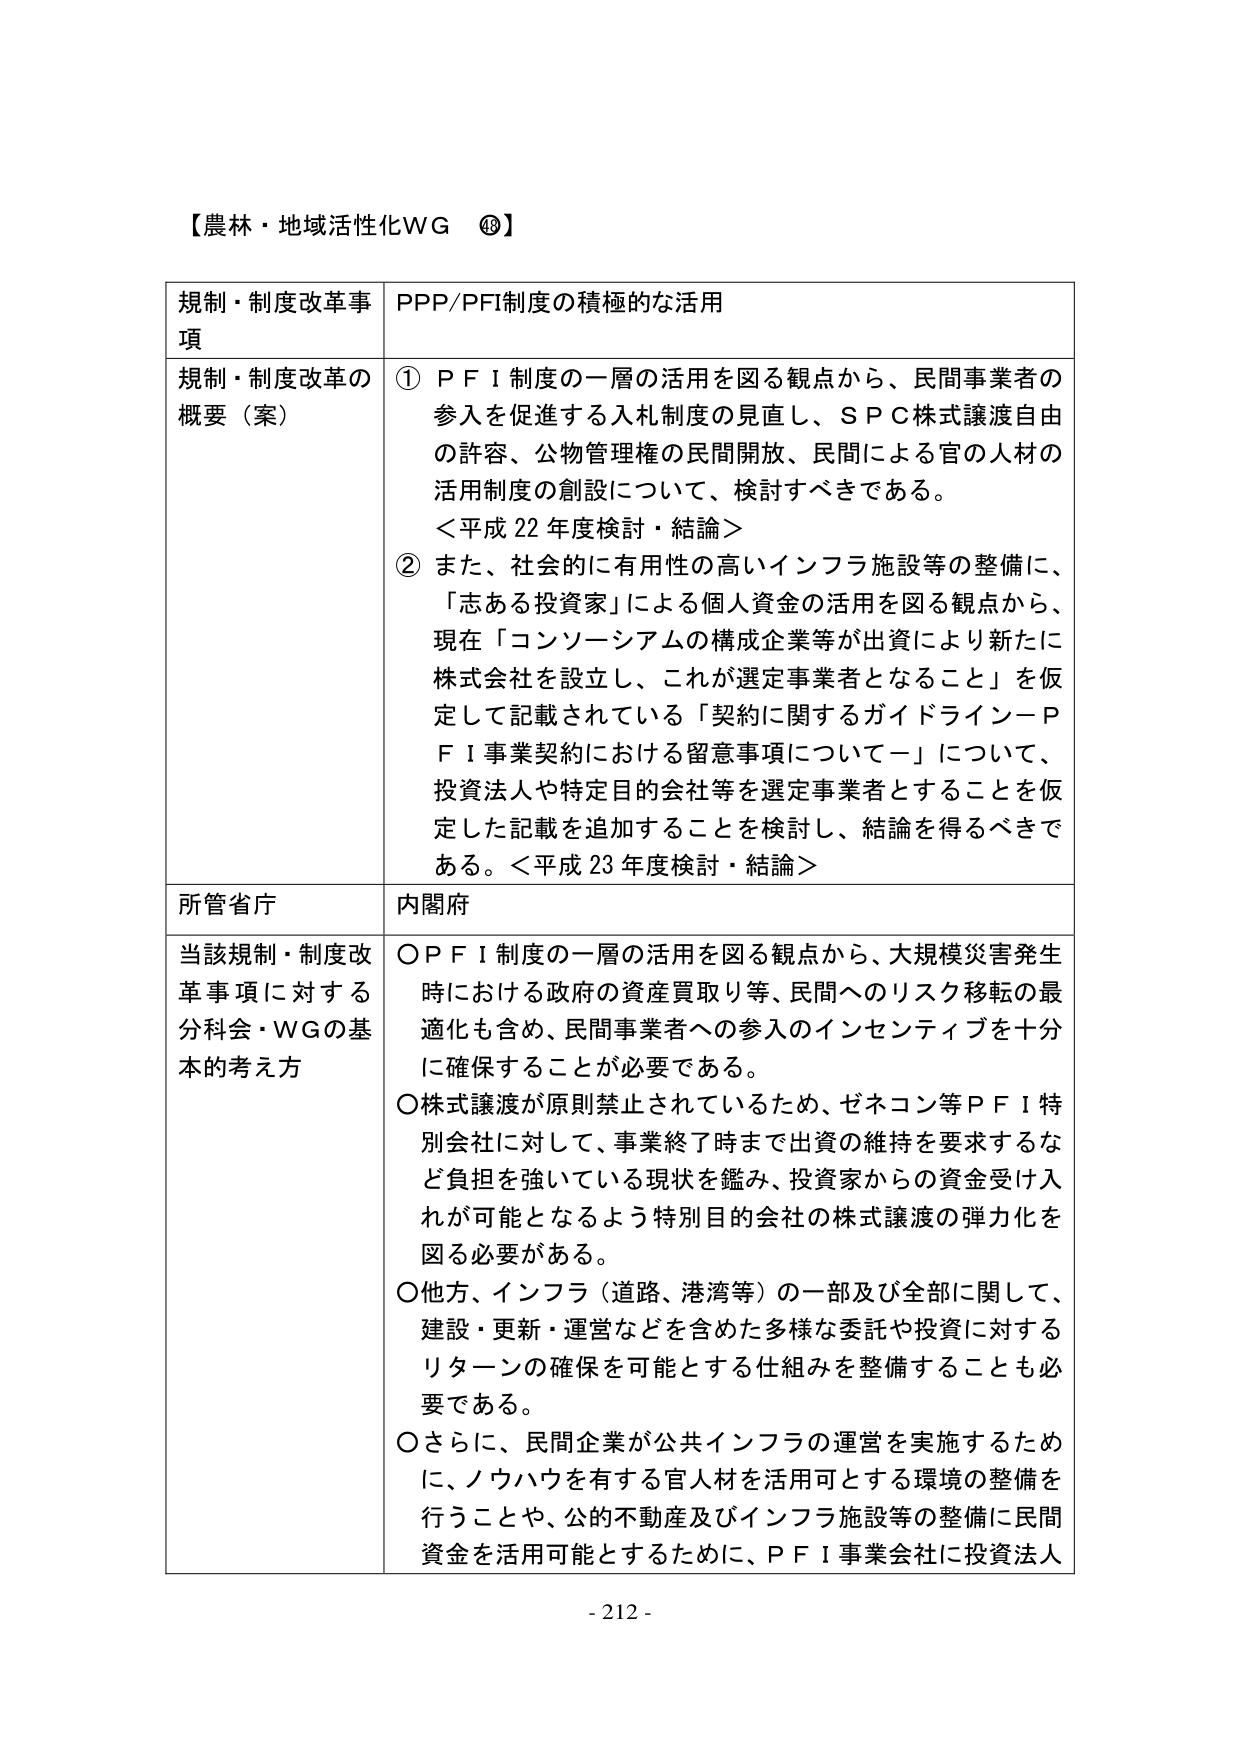
【農林・地域活性化WG ⑭】

規制・制度改革事項　PPP/PFI制度の積極的な活用

規制・制度改革の概要（案）　①ＰＦＩ制度の一層の活用を図る観点から、民間事業者の参入を促進する入札制度の見直し、ＳＰＣ株式譲渡自由の許容、公物管理権の民間開放、民間による官の人材の活用制度の創設について、検討すべきである。
＜平成22年度検討・結論＞
②また、社会的に有用性の高いインフラ施設等の整備に、「志ある投資家」による個人資金の活用を図る観点から、現在「コンソーシアムの構成企業等が出資により新たに株式会社を設立し、これが選定事業者となること」を仮定して記載されている「契約に関するガイドライン－ＰＦＩ事業契約における留意事項について－」について、投資法人や特定目的会社等を選定事業者とすることを仮定した記載を追加することを検討し、結論を得るべきである。＜平成23年度検討・結論＞

所管省庁　内閣府

当該規制・制度改革事項に対する分科会・WGの基本的考え方　○ＰＦＩ制度の一層の活用を図る観点から、大規模災害発生時における政府の資産買取り等、民間へのリスク移転の最適化も含め、民間事業者への参入のインセンティブを十分に確保することが必要である。
○株式譲渡が原則禁止されているため、ゼネコン等ＰＦＩ特別会社に対して、事業終了時まで出資の維持を要求するなど負担を強いている現状を鑑み、投資家からの資金受け入れが可能となるよう特別目的会社の株式譲渡の弾力化を図る必要がある。
○他方、インフラ（道路、港湾等）の一部及び全部に関して、建設・更新・運営などを含めた多様な委託や投資に対するリターンの確保を可能とする仕組みを整備することも必要である。
○さらに、民間企業が公共インフラの運営を実施するために、ノウハウを有する官人材を活用可とする環境の整備を行うことや、公的不動産及びインフラ施設等の整備に民間資金を活用可能とするために、ＰＦＩ事業会社に投資法人

- 212 -